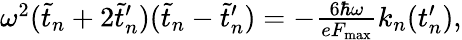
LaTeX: \begin{array}{r}{\omega^{2}(\tilde{t}_{n}+2\tilde{t}_{n}^{\prime})(\tilde{t}_{n}-\tilde{t}_{n}^{\prime})=-\frac{6\hbar\omega}{eF_{\mathrm{max}}}k_{n}(t_{n}^{\prime}),}\end{array}